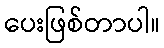
ပေးဖြစ်တာပါ။